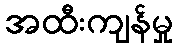
အထီးကျန်မှု